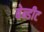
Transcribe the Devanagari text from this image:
बेन्डीट